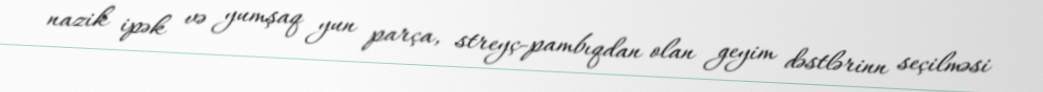
nazik ipək və yumşaq yun parça, streyç-pambıqdan olan geyim dəstlərinn seçilməsi